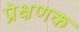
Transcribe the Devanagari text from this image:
प्रेक्षणक